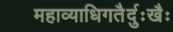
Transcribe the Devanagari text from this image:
महाव्याधिगतैर्दुःखैः